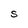
Character: S